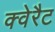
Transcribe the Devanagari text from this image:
क्वेरैट